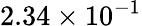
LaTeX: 2.34\times 10^{-1}